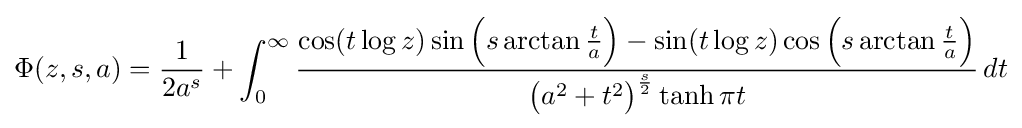
\Phi (z,s,a)={\frac {1}{2a^{s}}}+\int _{0}^{\infty }{\frac {\cos(t\log z)\sin {\Big (}s\arctan {\tfrac {t}{a}}{\Big )}-\sin(t\log z)\cos {\Big (}s\arctan {\tfrac {t}{a}}{\Big )}}{{\big (}a^{2}+t^{2}{\big )}^{\frac {s}{2}}\tanh \pi t}}\,dt